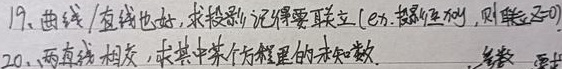
19、曲线或直线也好，求投影，记得要联立（e.g. 投影柱面，则联立 \(z = 0\)）。
20、两直线相交，求其中某个方程里的未知数。  （此处后半句原内容不完整，仅按所给呈现）